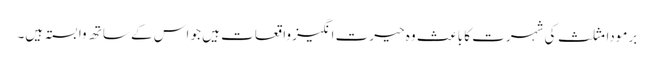
برمودا مثلث کی شہرت کا باعث وہ حیرت انگیز واقعات ہیں جو اس کے ساتھ وابستہ ہیں۔